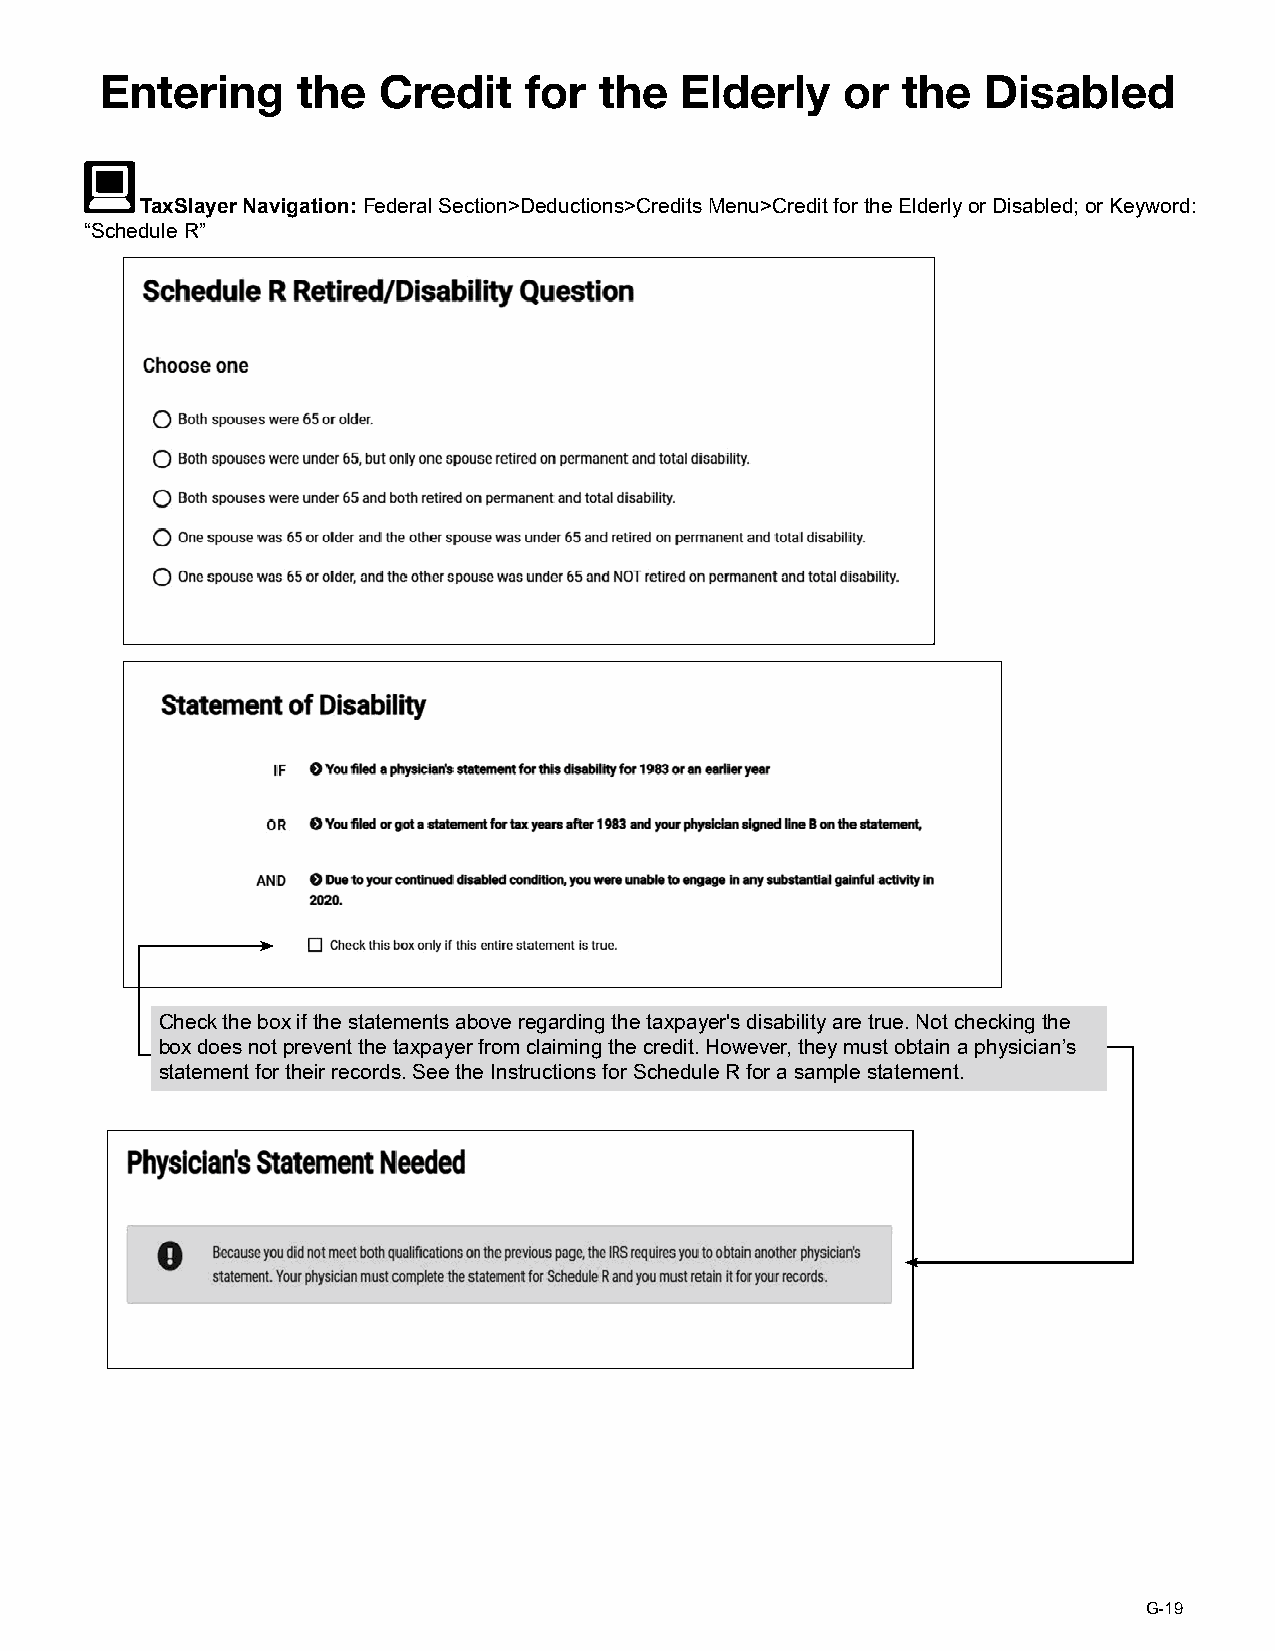
Entering     the  Credit    for  the  Elderly    or  the  Disabled
 TaxSlayer Navigation: Federal Section>Deductions>Credits Menu>Credit for the Elderly or Disabled; or Keyword:
 “Schedule R”
 Check the box if the statements above regarding the taxpayer's disability are true. Not checking the
 box does not prevent the taxpayer from claiming the credit. However, they must obtain a physician’s
 statement for their records. See the Instructions for Schedule R for a sample statement.
 G-19